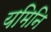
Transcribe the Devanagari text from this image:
यमिनि